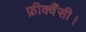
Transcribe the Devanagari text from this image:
फ्रीक्वैंसी।